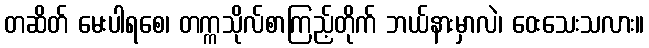
တဆိတ် မေးပါရစေ၊ တက္ကသိုလ်စာကြည့်တိုက် ဘယ်နားမှာလဲ၊ ဝေးသေးသလား။